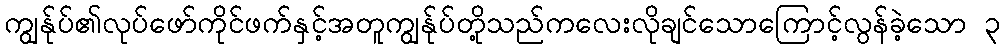
ကျွန်ုပ်၏လုပ်ဖော်ကိုင်ဖက်နှင့်အတူကျွန်ုပ်တို့သည်ကလေးလိုချင်သောကြောင့်လွန်ခဲ့သော ၃